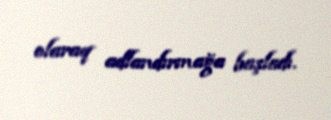
olaraq adlandırmağa başladı.